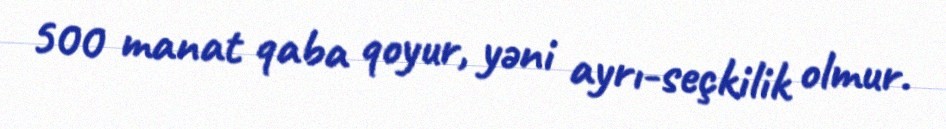
500 manat qaba qoyur, yəni ayrı-seçkilik olmur.